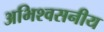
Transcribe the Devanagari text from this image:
अभिश्वसनीय